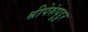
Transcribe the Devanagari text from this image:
श्रीपेरुंपुडुर